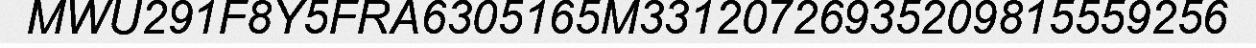
MWU291F8Y5FRA6305165M33120726935209815559256